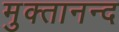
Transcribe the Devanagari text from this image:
मुक्तानन्द